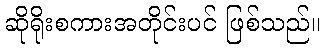
ဆိုရိုးစကားအတိုင်းပင် ဖြစ်သည်။